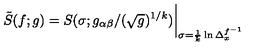
\tilde { S } ( f ; g ) = S ( \sigma ; g _ { \alpha \beta } / ( \sqrt { g } ) ^ { 1 / k } ) \bigg \vert _ { \sigma = \frac { 1 } { k } \ln \Delta _ { x } ^ { f ^ { - 1 } } }